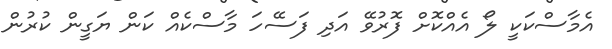
އެމާސްކަކީ ލޯ އެއްކޮށް ފޮރުވޭ އަދި ފަސޭހަ މާސްކެއް ކަން ޔަގީން ކުރުން